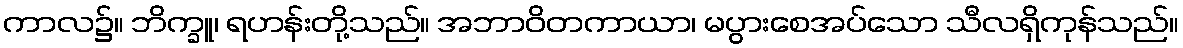
ကာလ၌။ ဘိက္ခူ၊ ရဟန်းတို့သည်။ အဘာဝိတကာယာ၊ မပွားစေအပ်သော သီလရှိကုန်သည်။